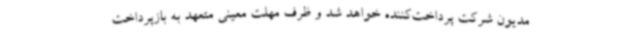
مدیون شرکت پرداخت‌کننده خواهد شد و ظرف مهلت معینی متعهد به بازپرداخت